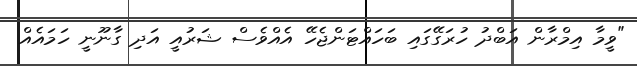
"ވީމާ އިމްރާން އަބްދު ހުރަގޭގައި ބަހައްޓަންޖެހޭ އެއްވެސް ޝަރުއީ އަދި ގާނޫނީ ހަމައެއް